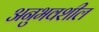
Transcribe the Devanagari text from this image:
अनुभवशील